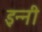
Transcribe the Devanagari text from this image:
इन्नी